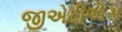
જીએટીએસ